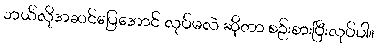
ဘယ်လိုအဆင်ပြေအောင် လုပ်မလဲ ဆိုတာ စဉ်းစားပြီးလုပ်ပါ။